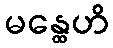
မန္ထေဟိ